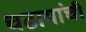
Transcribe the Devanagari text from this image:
चढायांची